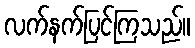
လက်နက်ပြင်ကြသည်။